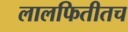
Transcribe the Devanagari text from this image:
लालफितीतच